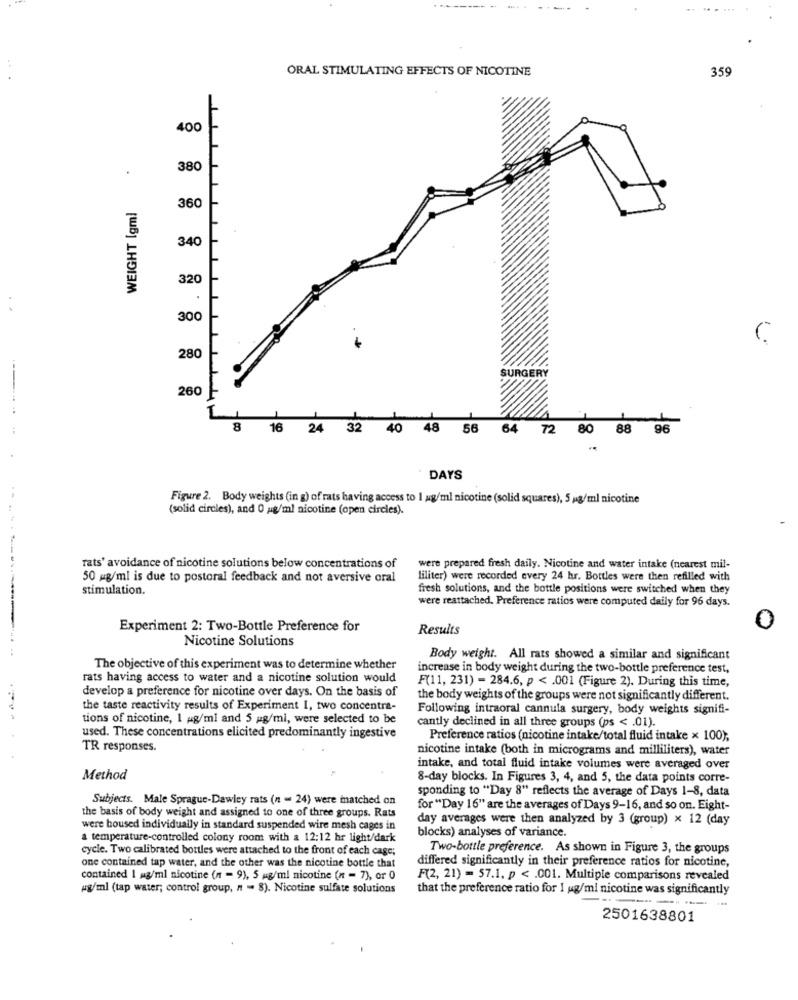
ORAL STIMULATING EFFECTS OF NICOTINE
359
400
380
WEIGHT Igml
360
340
320
300
280
260
8
16 24 32 40 48 56 64 72 80 88
96
DAYS
Figure 2. Body weights (in g) of rats having access to I ag/ml nicotine (solid squares), 5 mg/ml nicotine
(solid circles), and 0 g/ml nicotine (open circles).
rats' avoidance of nicotine solutions below concentrations of
were prepared fresh daily. Nicotine and water intake (nearest mil-
50 mg/ml is due to postoral feedback and not aversive oral
liliter) were recorded every 24 hr. Bottles were then refilled with
stimulation.
fresh solutions, and the bottle positions were switched when they
were reattached. Preference ratios were computed daily for 96 days.
Experiment 2: Two-Bottle Preference for
Results
0
Nicotine Solutions
Body weight. All rats showed a similar and significant
The objective of this experiment was to determine whether
increase in body weight during the two-bottle preference test,
rats having access to water and a nicotine solution would
F(11, 231) - 284.6, p < . 001 (Figure 2). During this time,
develop a preference for nicotine over days. On the basis of
the body weights of the groups were not significantly different.
the taste reactivity results of Experiment 1, two concentra-
Following intraoral cannula surgery, body weights signifi-
tions of nicotine, I ag/ml and 5 mg/ml, were selected to be
cantly declined in all three groups (ps < . 01).
used. These concentrations elicited predominantly ingestive
Preference ratios (nicotine intake/total fluid intake x 100),
TR responses.
nicotine intake (both in micrograms and milliliters), water
intake, and total fluid intake volumes were averaged over
Method
8-day blocks. In Figures 3, 4, and 5, the data points corre-
sponding to "Day 8" reflects the average of Days 1-8, data
Subjects. Male Sprague-Dawley rats (n = 24) were matched on
for "Day 16" are the averages of Days 9-16, and so on. Eight-
the basis of body weight and assigned to one of three groups. Rats
day averages were then analyzed by 3 (group) x 12 (day
were housed individually in standard suspended wire mesh cages in
a temperature-controlled colony room with a 12:12 hr light/dark
blocks) analyses of variance.
cycle. Two calibrated bortles were attached to the front of each case;
Two-bottle preference. As shown in Figure 3, the groups
differed significantly in their preference ratios for nicotine,
one contained tap water, and the other was the nicotine bottle that
contained 1 mg/ml nicotine (n = 9), 5 mg/ml nicotine (n = 7), or 0
F(2, 21) = 57.1. p < . 001. Multiple comparisons revealed
wg/ml (tap water; control group, " " 8). Nicotine sulfate solutions
that the preference ratio for 1 ug/mi nicotine was significantly
2501638801